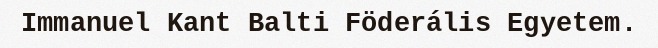
Immanuel Kant Balti Föderális Egyetem.